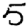
Digit: 5